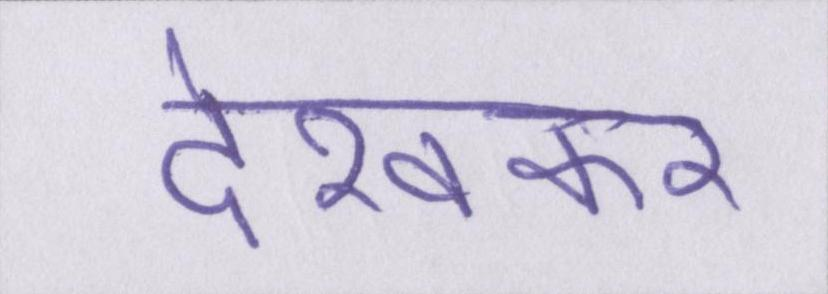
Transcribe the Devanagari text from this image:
देखकर